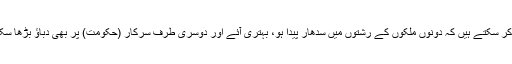
ہم ایک طرف عوام کے من کو تیار کر سکتے ہیں کہ دونوں ملکوں کے رشتوں میں سدھار پیدا ہو، بہتری آئے اور دوسری طرف سرکار (حکومت) پر بھی دباؤ بڑھا سکتے ہیں کہ وہ کس سمت میں جائے۔